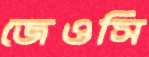
জেওসি